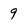
Character: 9